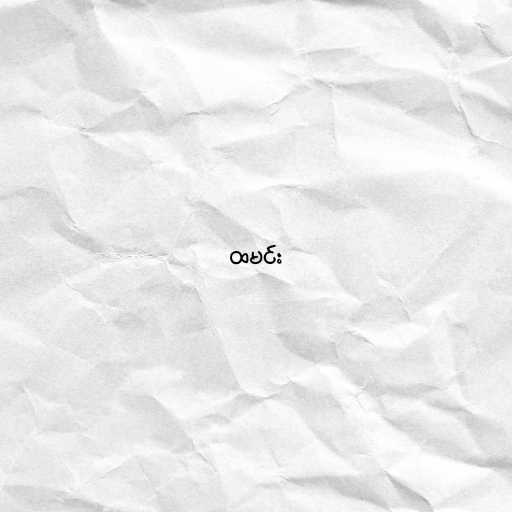
ထမင်း